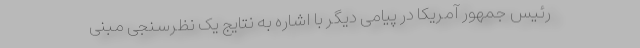
رئیس‌ جمهور آمریکا در پیامی دیگر با اشاره به نتایج یک نظرسنجی مبنی